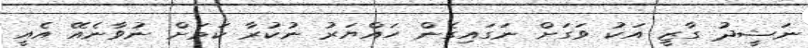
ނަޝީދު ގާޒީ އަކު ވަގަށް ނަގައިގެން ހައްޔަރު ނުކުރާ ކަމަށް ނުވާނެއޭ އެއީ